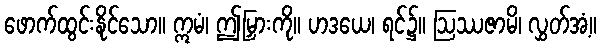
ဖောက်ထွင်းနိုင်သော။ ဣမံ၊ ဤမြှားကို။ ဟဒယေ၊ ရင်၌။ ဩဿဇာမိ၊ လွှတ်အံ့။